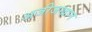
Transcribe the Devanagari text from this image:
अजीजखान